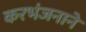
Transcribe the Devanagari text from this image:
करभंजनाने